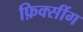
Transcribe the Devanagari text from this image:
फ़िक्सींग